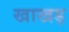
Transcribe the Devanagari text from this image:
खाखड़